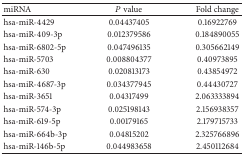
| miRNA | P value | Fold change |
 | --- | --- | --- |
 | hsa-miR-4429 | 0.04437405 | 0.16922769 |
 | hsa-miR-409-3p | 0.012379586 | 0.184890055 |
 | hsa-miR-6802-5p | 0.047496135 | 0.305662149 |
 | hsa-miR-5703 | 0.008804377 | 0.40973895 |
 | hsa-miR-630 | 0.020813173 | 0.43854972 |
 | hsa-miR-4687-3p | 0.034377945 | 0.44430727 |
 | hsa-miR-3651 | 0.04317499 | 2.063333894 |
 | hsa-miR-574-3p | 0.025198143 | 2.156938357 |
 | hsa-miR-619-5p | 0.00179165 | 2.179715733 |
 | hsa-miR-664b-3p | 0.04815202 | 2.325766896 |
 | hsa-miR-146b-5p | 0.044983658 | 2.450112684 |